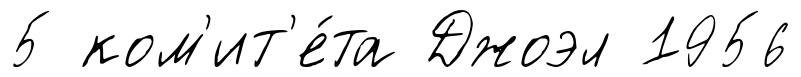
5 ком'ит'е́та Джоэл 1956